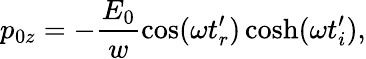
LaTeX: p_{0z}=-\frac{E_{0}}{w}\cos(\omega t_{r}^{\prime})\cosh(\omega t_{i}^{\prime}),